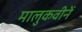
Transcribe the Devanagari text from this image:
मालुकवीनें